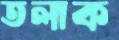
তলাক